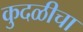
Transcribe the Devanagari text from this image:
कुदळीचा